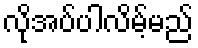
လိုအပ်ပါလိမ့်မည်